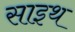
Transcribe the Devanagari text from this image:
साइथ